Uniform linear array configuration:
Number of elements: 64
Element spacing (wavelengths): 0.5
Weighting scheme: kaiser
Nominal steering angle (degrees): -45
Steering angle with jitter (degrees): -46.922
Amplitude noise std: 0.05
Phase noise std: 0.05

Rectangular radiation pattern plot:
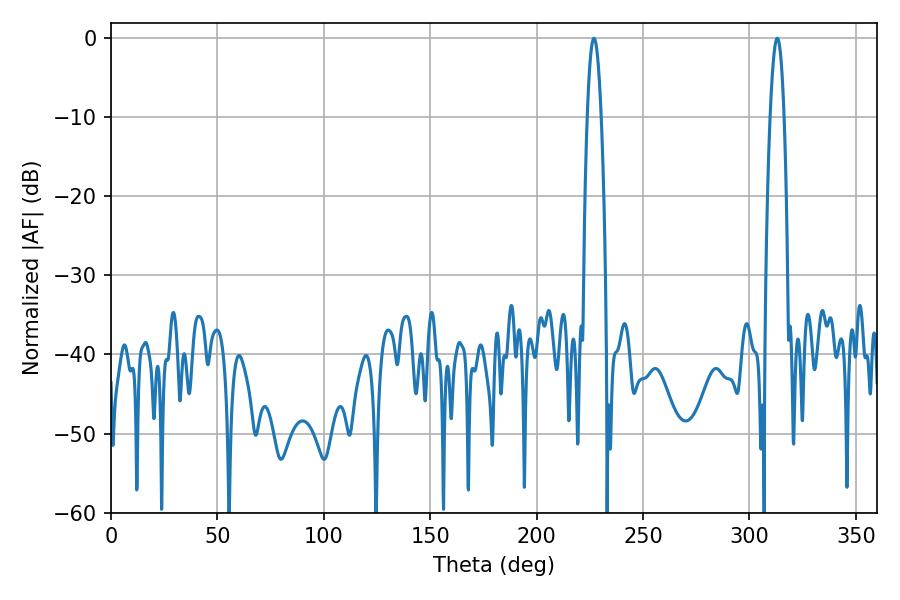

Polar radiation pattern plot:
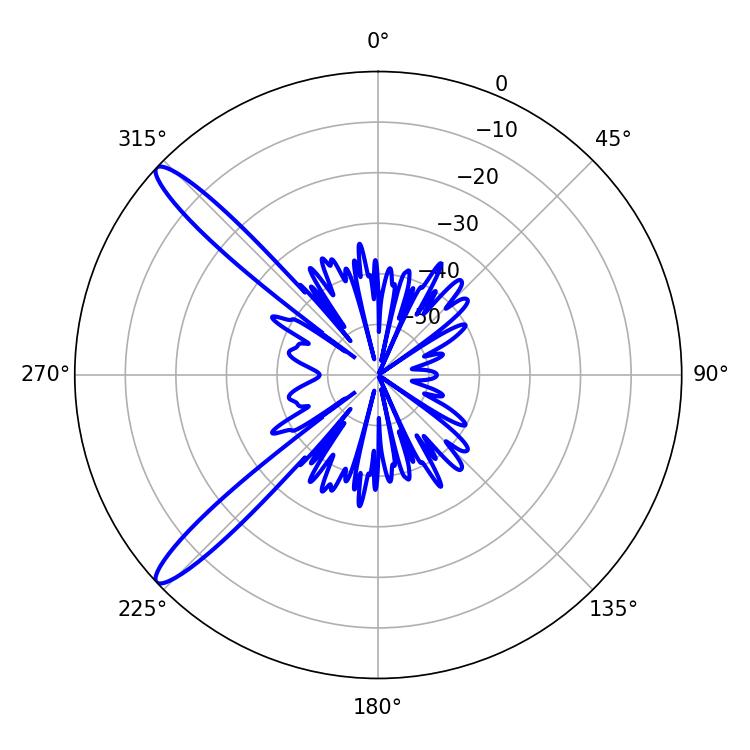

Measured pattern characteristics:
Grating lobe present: FALSE
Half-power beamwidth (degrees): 3.6
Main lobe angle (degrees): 226.98